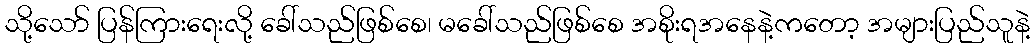
သို့သော် ပြန်ကြားရေးလို့ ခေါ်သည်ဖြစ်စေ၊ မခေါ်သည်ဖြစ်စေ အစိုးရအနေနဲ့ကတော့ အများပြည်သူနဲ့